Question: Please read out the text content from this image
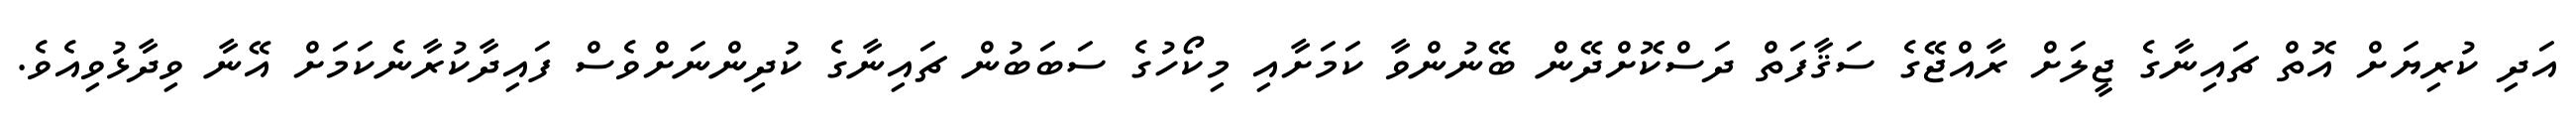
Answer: އަދި ކުރިޔަށް އޮތް ޗައިނާގެ ޖީލަށް ރާއްޖޭގެ ސަޤާފަތް ދަސްކޮށްދޭން ބޭނުންވާ ކަމަށާއި މިކޯހުގެ ސަބަބުން ޗައިނާގެ ކުދިންނަށްވެސް ފައިދާކުރާނެކަމަށް އޭނާ ވިދާޅުވިއެވެ.